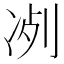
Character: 𠗗